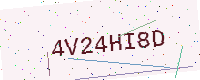
Text: 4V24HI8D